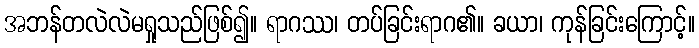
အဘန်တလဲလဲမရှုသည်ဖြစ်၍။ ရာဂဿ၊ တပ်ခြင်းရာဂ၏။ ခယာ၊ ကုန်ခြင်းကြောင့်။